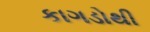
કાગડોથી